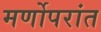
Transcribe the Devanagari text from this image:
मर्णोपरांत